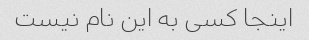
اینجا کسی به این نام نیست